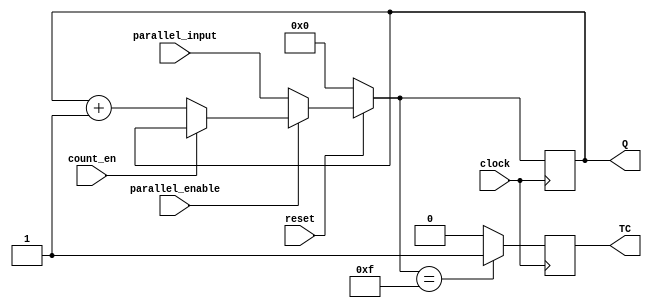
module PC_163(reset, parallel_input, parallel_enable, Q, clock, count_en, TC);
input reset, parallel_enable, clock, count_en;
input [3:0] parallel_input;
output [3:0] Q;
output TC;

reg [3:0] Q;
reg TC;

always @(posedge clock)
begin
	if(reset == 0)			//active low signal
		Q = 4'b0000;
	else if(parallel_enable == 0) 	//active low signal
		Q = parallel_input;
	else if(count_en == 1) 		//active low signal
		Q = Q;
	else
		Q = Q+1;

	if(Q == 15)
		TC = 1'b1;
	else
		TC = 1'b0;
end
endmodule